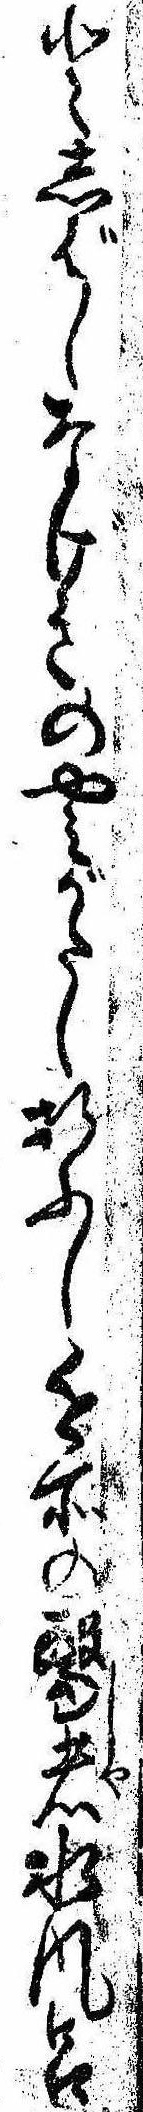
としばしなげきのやみがたし折ふし近所の医者水風呂